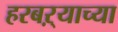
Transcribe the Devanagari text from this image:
हरबऱ्याच्या